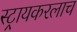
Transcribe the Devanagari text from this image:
स्ट्रायकरलाच